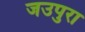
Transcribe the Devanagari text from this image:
जउपुरा